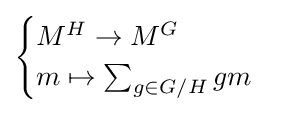
{\begin{cases}M^{H}\to M^{G}\\m\mapsto \sum _{g\in G/H}gm\end{cases}}